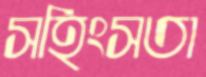
সহিংসতা